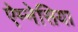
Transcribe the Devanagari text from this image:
ऐम्नेसिया